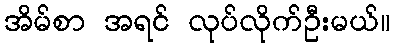
အိမ်စာ အရင် လုပ်လိုက်ဦးမယ်။